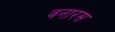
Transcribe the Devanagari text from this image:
वनारस